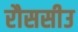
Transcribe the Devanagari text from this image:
रौससीउ